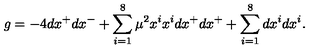
g = - 4 d x ^ { + } d x ^ { - } + \sum _ { i = 1 } ^ { 8 } \mu ^ { 2 } x ^ { i } x ^ { i } d x ^ { + } d x ^ { + } + \sum _ { i = 1 } ^ { 8 } d x ^ { i } d x ^ { i } .